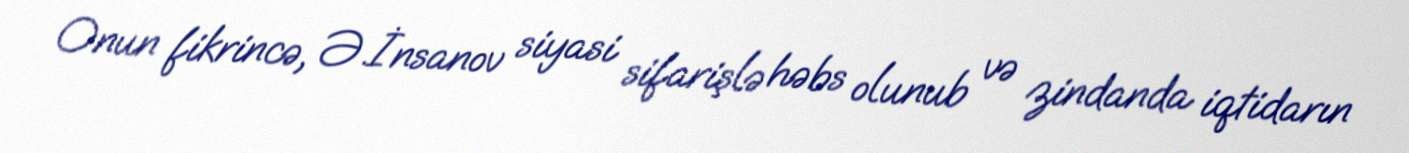
Onun fikrincə, Ə.İnsanov siyasi sifarişlə həbs olunub və zindanda iqtidarın